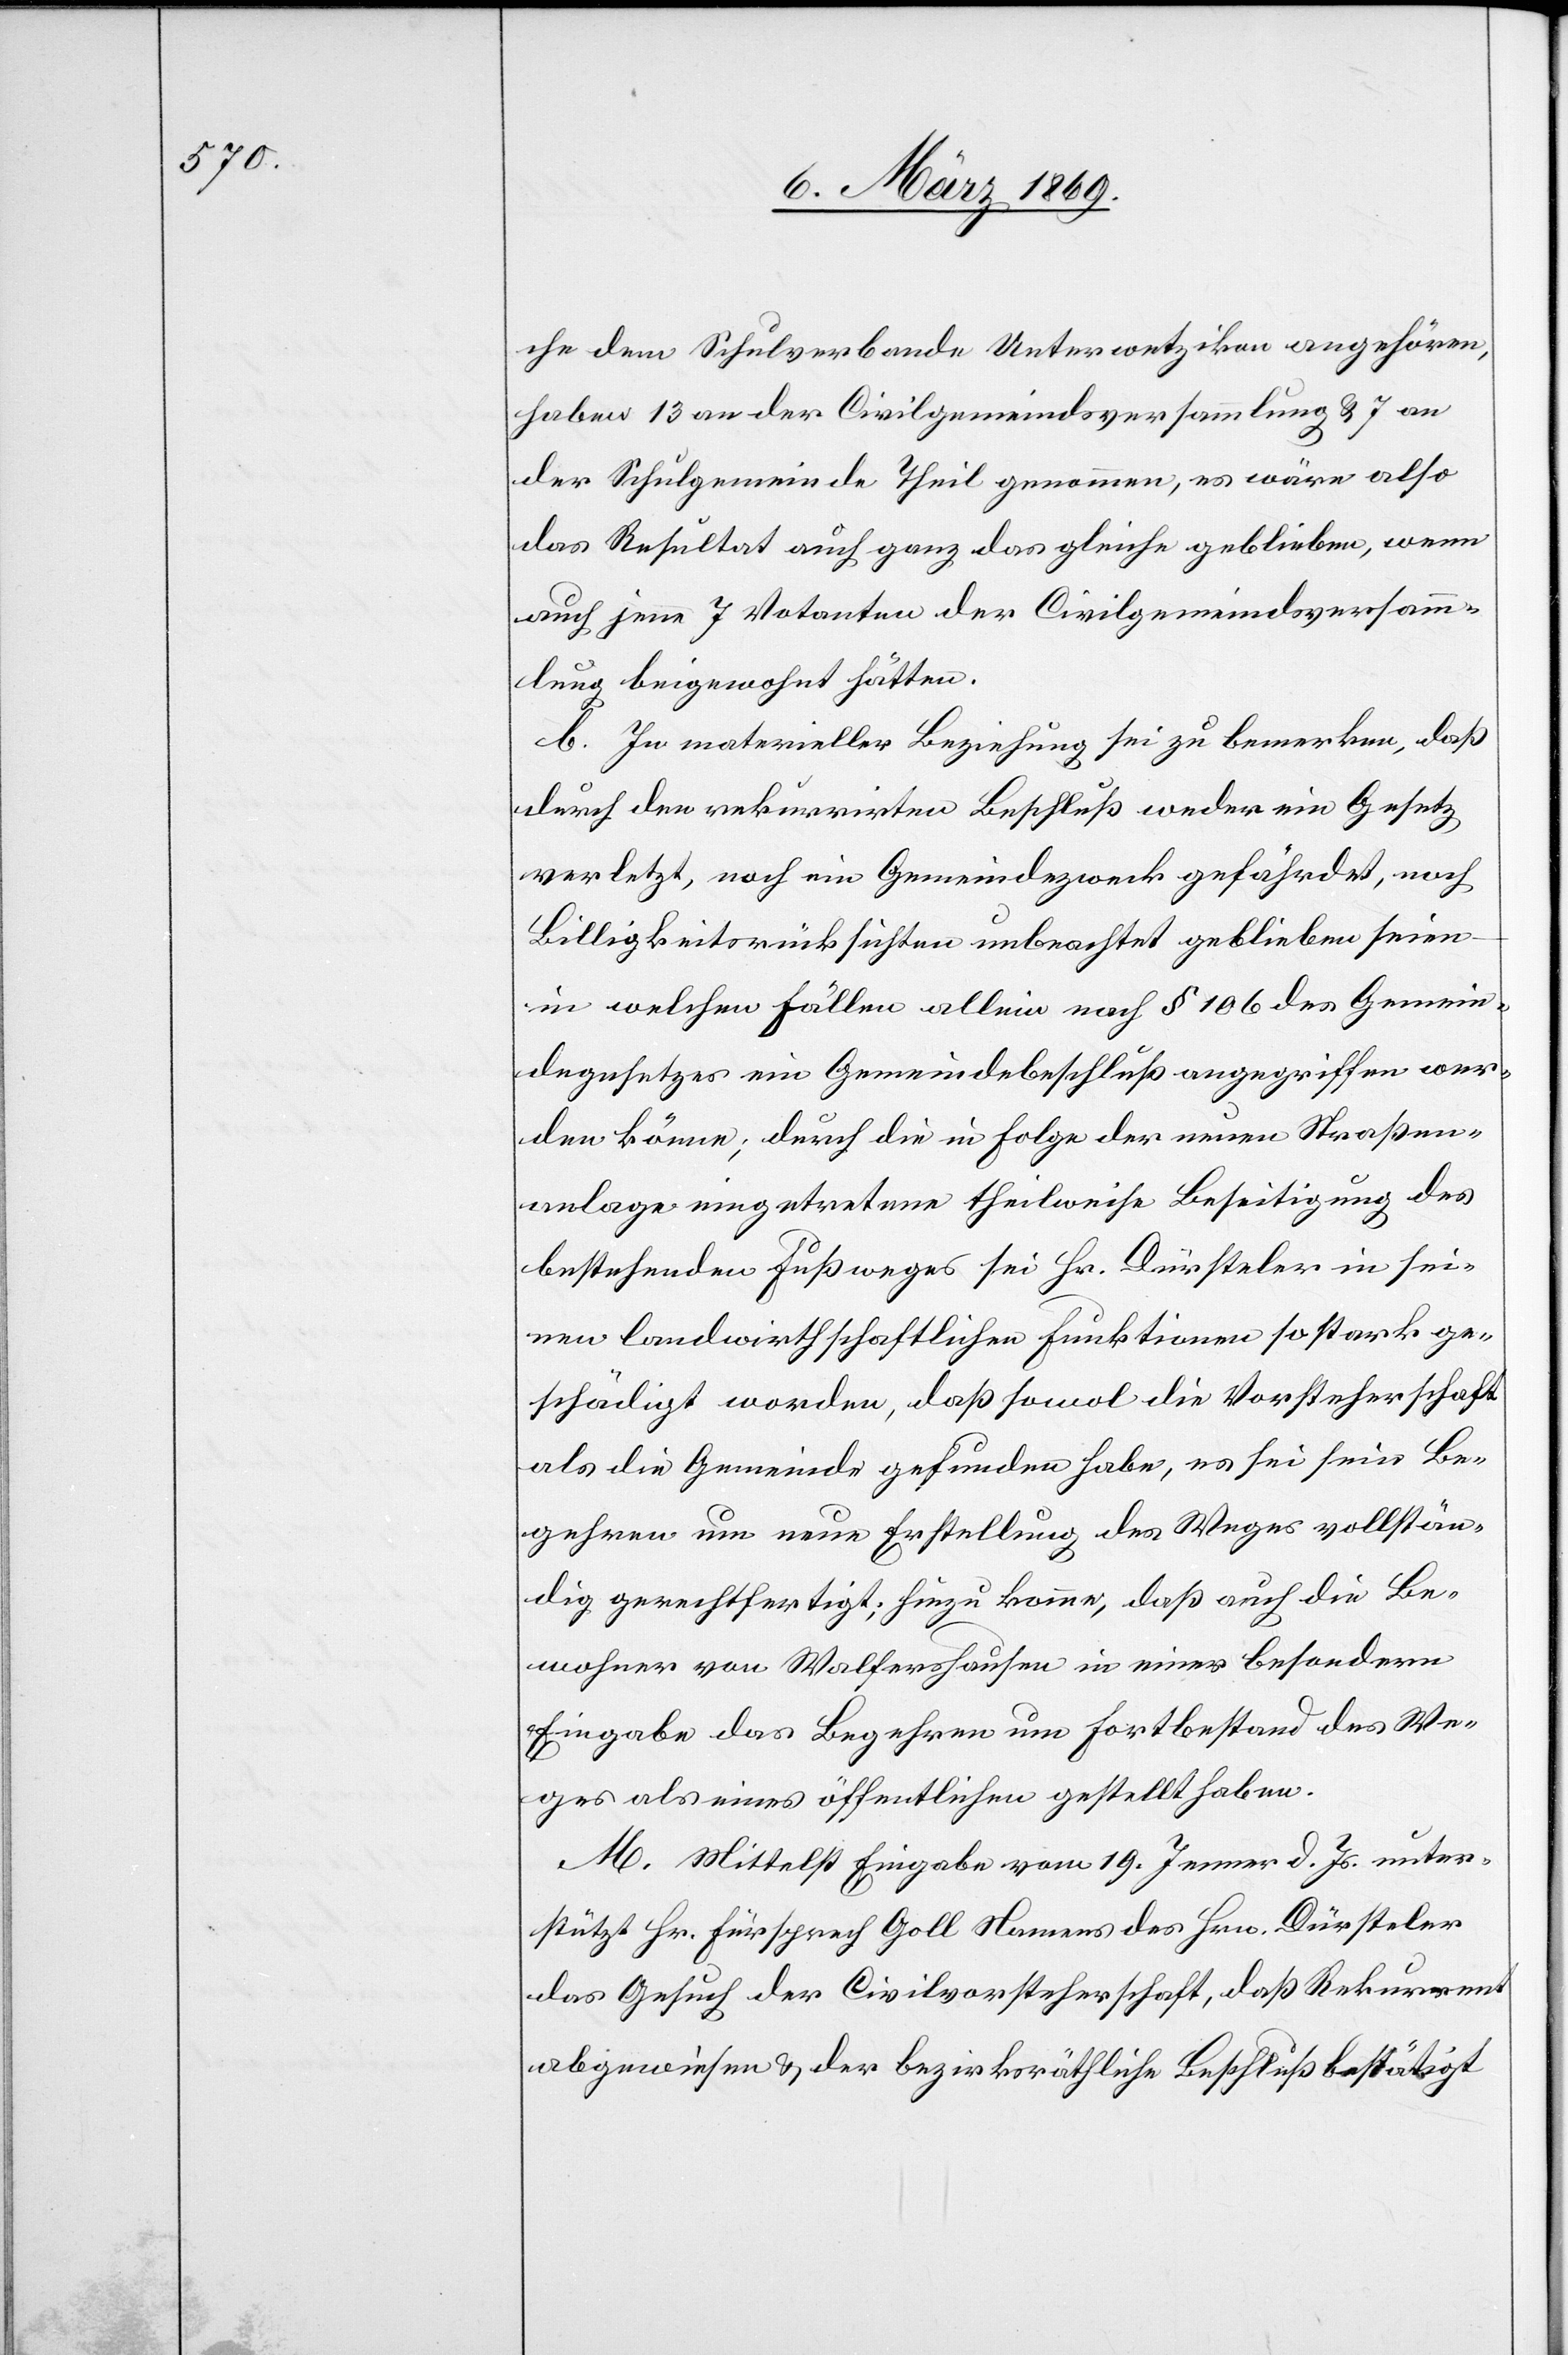
che dem Schulverbande Unterwetzikon angehören,
haben 13 an der Civilgemeindsversammlung & 7 an
der Schulgemeinde Theil genommen, es wäre also
das Resultat auch ganz das gleiche geblieben, wenn
auch jene 7 Votanten der Civilgemeindsversamm¬
lung beigewohnt hätten.
b. In materieller Beziehung sei zu bemerken, daß
durch den rekurrirten Beschluß weder ein Gesetz
verletzt, noch ein Gemeindezweck gefährdet, noch
Billigkeitsrücksichten unbeachtet geblieben seien,
in welchen Fällen allein nach § 106 des Gemein¬
degesetzes ein Gemeindebeschluß angegriffen wer¬
den könne; durch die in Folge der neuen Straßen¬
anlage eingetretene theilweise Beseitigung des
bestehenden Fußweges sei Hr. Dürsteler in sei¬
nen landwirthschaftlichen Funktionen so stark ge¬
schädigt worden, daß sowol die Vorsteherschaft
als die Gemeinde gefunden habe, es sei sein Be¬
gehren um neue Erstellung des Weges vollstän¬
dig gerechtfertigt; hinzu komme, daß auch die Be¬
wohner von Walfershausen in einer besondern
Eingabe das Begehren um Fortbestand des We¬
ges als eines öffentlichen gestellt haben.
M. Mittelst Eingabe vom 19. Jenner d. Js. unter¬
stützt Hr. Fürsprech Goll Namens des Hrn. Dürsteler
das Gesuch der Civilvorsteherschaft, daß Rekurrent
abgewiesen & der bezirksräthliche Beschluß bestätigt